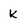
Character: k